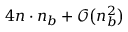
4 n \cdot n _ { b } + \mathcal { O } \big ( n _ { b } ^ { 2 } \big )